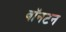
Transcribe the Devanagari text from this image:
वॉनटन